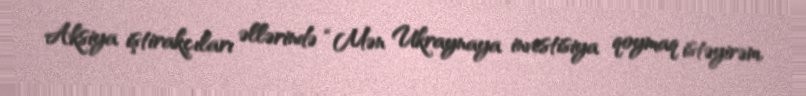
Aksiya iştirakçıları əllərində “Mən Ukraynaya investisiya qoymaq istəyirəm,